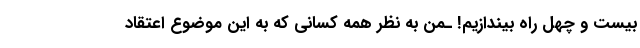
بیست و چهل راه بیندازیم! ـمن به نظر همه کسانی که به این موضوع اعتقاد